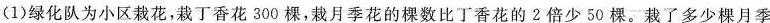
(1)绿化队为小区栽花，栽丁香花300棵，栽月季花的棵数比丁香花的2倍少50棵。栽了多少棵月季